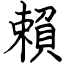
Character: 賴